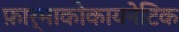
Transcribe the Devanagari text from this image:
फ़ार्माकोकायनेटिक